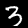
Digit: 3